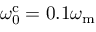
\omega _ { \mathrm { 0 } } ^ { \mathrm { c } } = 0 . 1 \omega _ { \mathrm { m } }